Indian journal of veterinary science and animal husbandry - Volume 11,
Year: 1941
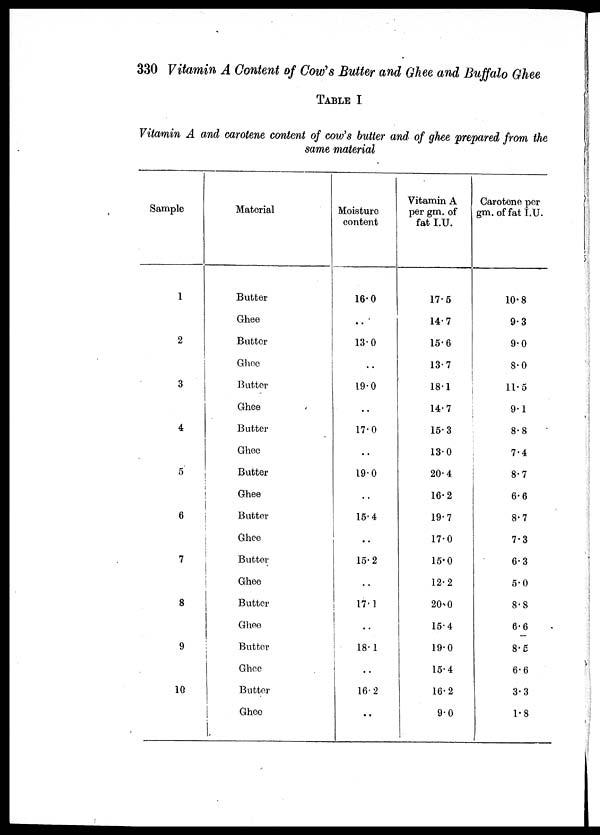
330 Vitamin A Content of Cow's Butter and Ghee and Buffalo Ghee
TABLE I
Vitamin A and carotene content of cow's butter and of ghee prepared from the
same material
Sample
1
2
3
4
5
6
7
8
9
10
Material
Butter
Ghee
Butter
Ghee
Butter
Ghee
Butter
Ghee
Butter
Ghee
Butter
Ghee
Butter
Ghee
Butter
Ghee
Butter
Ghee
Butter
Ghee
Moisture
content
16.0
..
13.0
..
19.0
..
17.0
..
19.0
..
15.4
..
15.2
..
17.1
..
18.1
..
16.2
..
Vitamin A
per gm. of
fat I.U.
17.5
14.7
15.6
13.7
18.1
14.7
15.3
13.0
20.4
16.2
19.7
17.0
15.0
12.2
20.0
15.4
19.0
15.4
16.2
9.0
Carotene per
gm. of fat I.U.
10.8
9.3
9.0
8.0
11.5
9.1
8.8
7.4
8.7
6.6
8.7
7.3
6.3
5.0
8.8
6.6
8.5
6.6
3.3
1.8